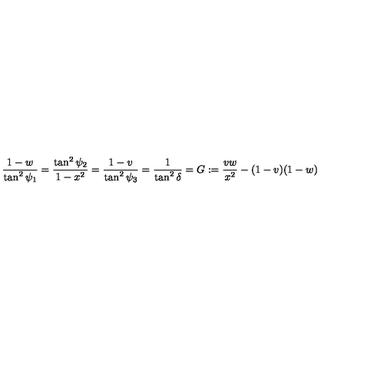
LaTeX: { \frac { 1 - w } { \tan ^ { 2 } \psi _ { 1 } } } = { \frac { \tan ^ { 2 } \psi _ { 2 } } { 1 - x ^ { 2 } } } = { \frac { 1 - v } { \tan ^ { 2 } \psi _ { 3 } } } = { \frac { 1 } { \tan ^ { 2 } \delta } } = G : = { \frac { v w } { x ^ { 2 } } } - ( 1 - v ) ( 1 - w )